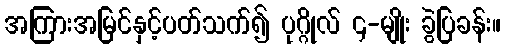
အကြားအမြင်နှင့်ပတ်သက်၍ ပုဂ္ဂိုလ် ၄-မျိုး ခွဲပြခန်း။